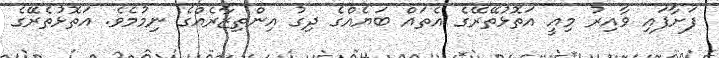
ފަށާފައި ވާއިރު މިއީ އަތޮޅުތޭރޭގެ އެތައް ބަޔެއްގެ ދިގު އިންތިޒާރެއްގެ ނިމުމެވެ. އަތޮޅުތެރޭގެ